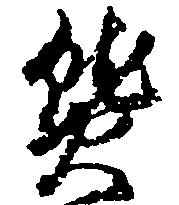
熱